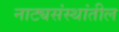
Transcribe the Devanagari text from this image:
नाट्यसंस्थांतील